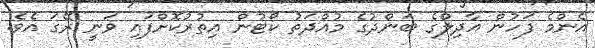
އެންމެ ފަހުން އާދިލްގެ ބަންދުގެ މުއްދަތު ކޯޓުން އިތުރުކޮށްފައި ވަނީ ރޭގަ އެވެ.